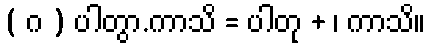
( ဂ ) ပါတွာ.ကာသိ = ပါတု + ၊ ကာသိ။